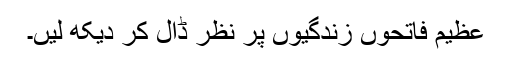
عظیم فاتحوں زندگیوں پر نظر ڈال کر دیکھ لیں۔